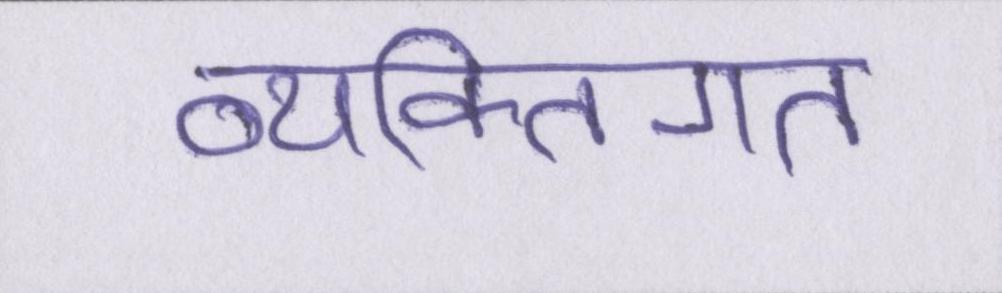
व्यक्तिगत